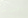
الجديد